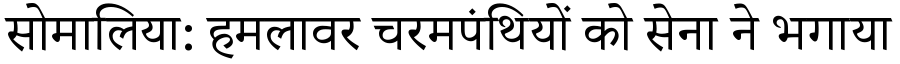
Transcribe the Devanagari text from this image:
सोमालिया: हमलावर चरमपंथियों को सेना ने भगाया